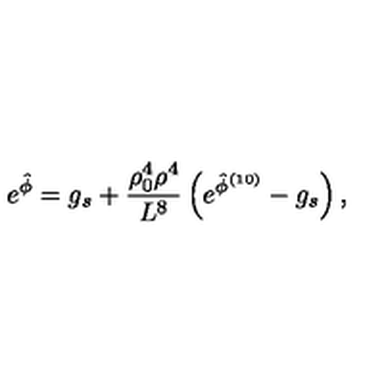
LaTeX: e ^ { \hat { \phi } } = g _ { s } + { \frac { \rho _ { 0 } ^ { 4 } \rho ^ { 4 } } { L ^ { 8 } } } \left( e ^ { \hat { \phi } ^ { ( 1 0 ) } } - g _ { s } \right) ,